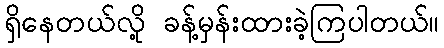
ရှိနေတယ်လို့ ခန့်မှန်းထားခဲ့ကြပါတယ်။